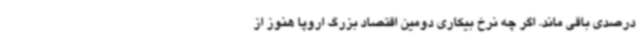
درصدی باقی ماند. اگر چه نرخ بیکاری دومین اقتصاد بزرگ اروپا هنوز از